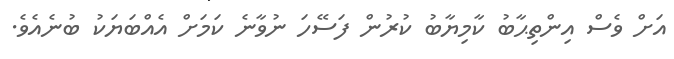
އަށް ވެސް އިންތިޙާބު ކާމިޔާބު ކުރުން ފަސޭހަ ނުވާނެ ކަމަށް އެއްބަޔަކު ބުނެއެވެ.